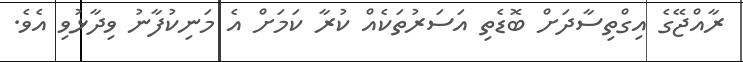
ރާއްޖޭގެ އިގްތިސާދަށް ބޮޑެތި އަސަރުތަކެއް ކުރާ ކަމަށް އެ މަނިކުފާނު ވިދާޅުވި އެވެ.